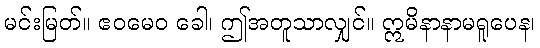
မင်းမြတ်။ ဧဝမေဝ ခေါ၊ ဤအတူသာလျှင်။ ဣမိနာနာမရူပေန၊